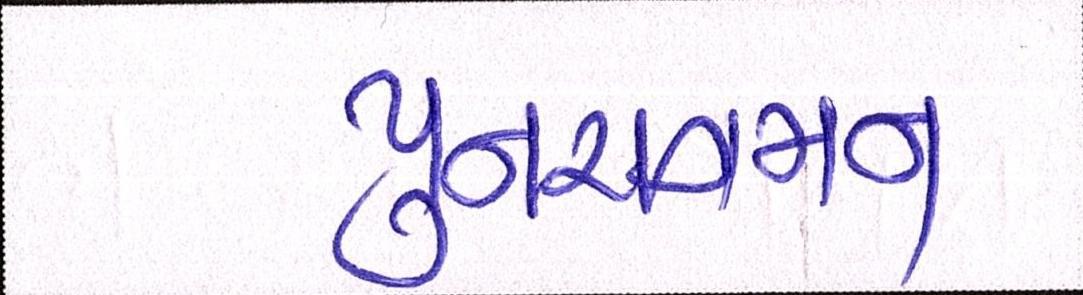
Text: પુનરાગમન